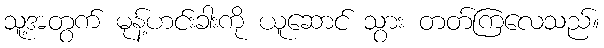
သူ့အတွက် မုန့်ဟင်းခါးကို ယူဆောင် သွား တတ်ကြလေသည်။